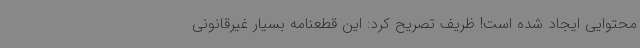
محتوایی ایجاد شده است! ظریف تصریح کرد: این قطعنامه بسیار غیرقانونی